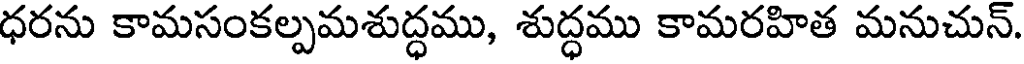
ధరను కామసంకల్పమశుద్ధము, శుద్ధము కామరహిత మనుచున్.